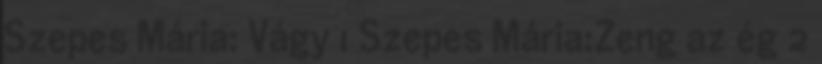
Szepes Mária: Vágy 1 Szepes Mária:Zeng az ég 2